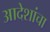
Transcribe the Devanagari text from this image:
आदेशांचा